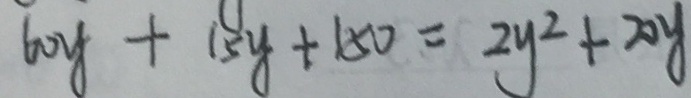
6 0 y + 1 5 y + 1 5 0 = 2 y ^ { 2 } + 2 0 y